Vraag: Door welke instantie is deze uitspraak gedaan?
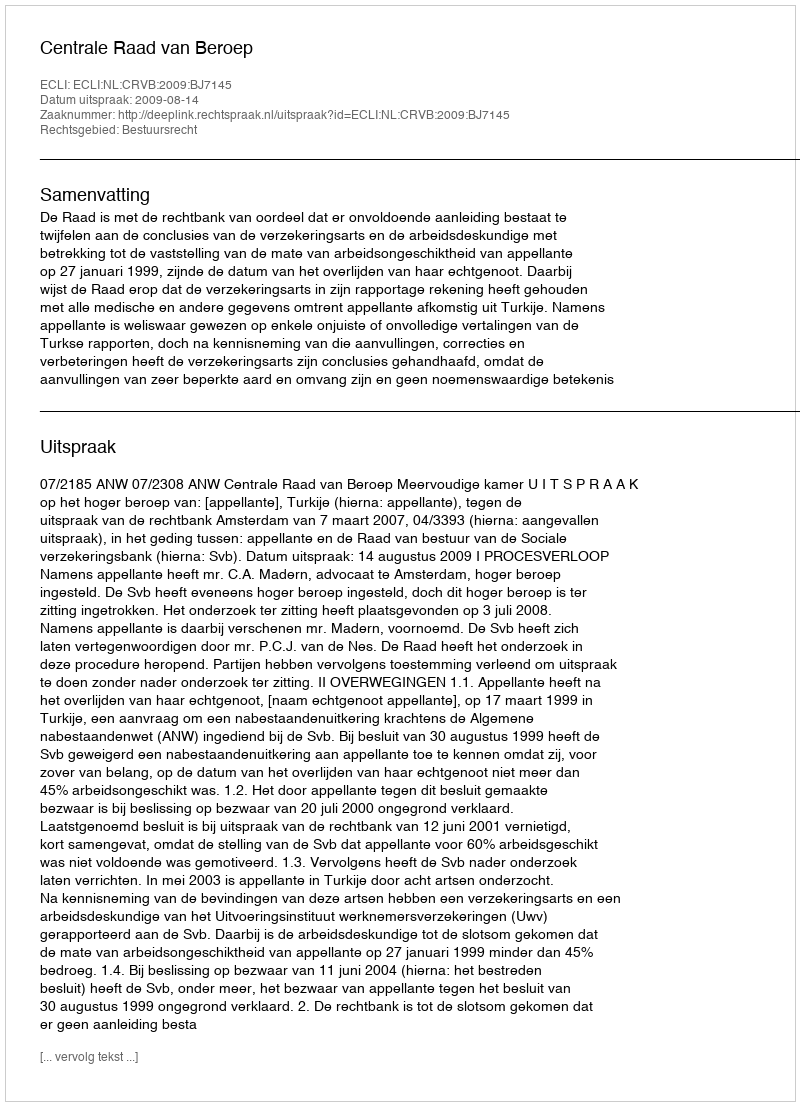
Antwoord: Centrale Raad van Beroep